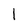
Character: 1